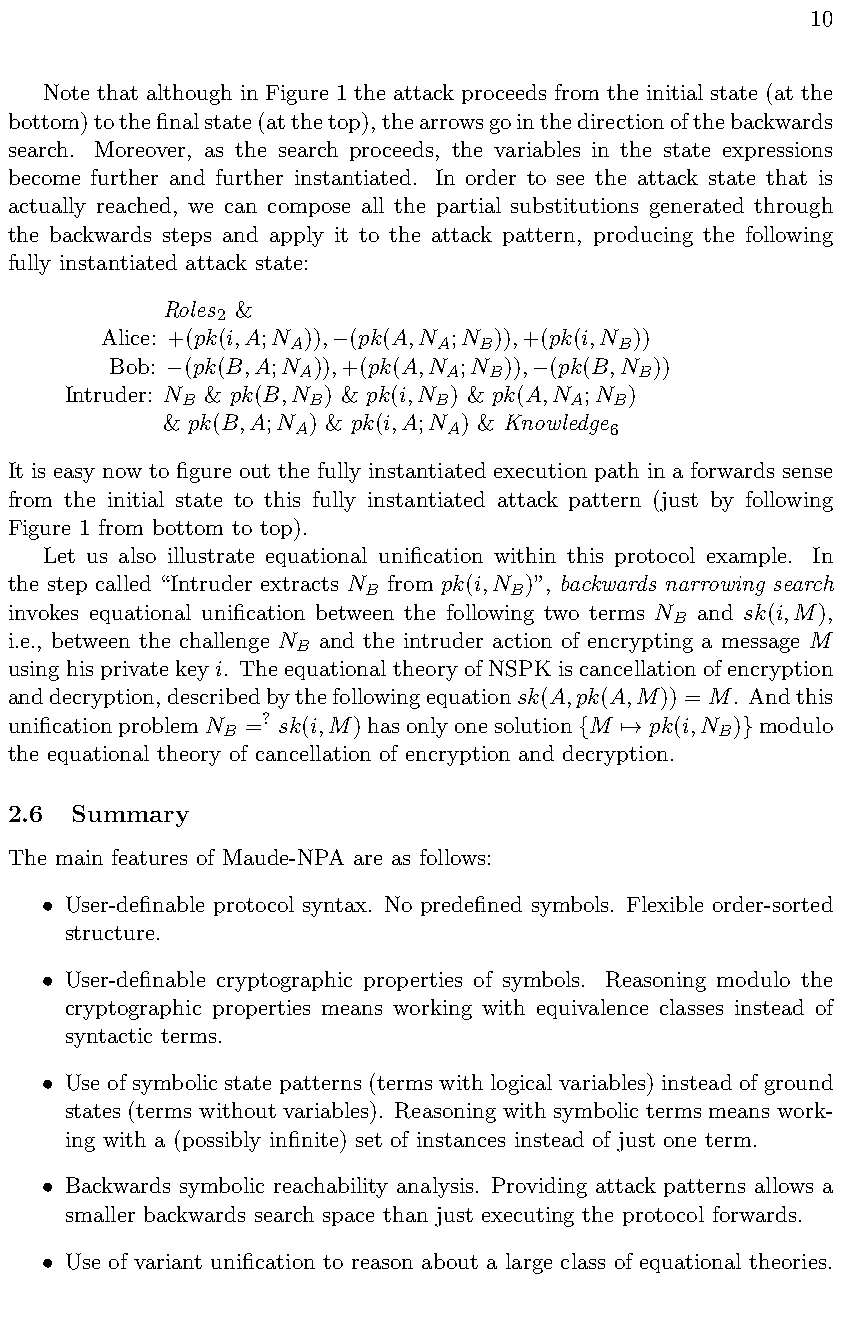
10
 Note that although in Figure 1 the attack proceeds from the initial state (at the
 bottom)tothefinalstate(atthetop),thearrowsgointhedirectionofthebackwards
 search. Moreover, as the search proceeds, the variables in the state expressions
 become further and further instantiated. In order to see the attack state that is
 actually reached, we can compose all the partial substitutions generated through
 the backwards steps and apply it to the attack pattern, producing the following
 fully instantiated attack state:
 Roles &
 2
 Alice: +(pk(i,A;N )), (pk(A,N ;N )),+(pk(i,N ))
 A         A  B        B

 Bob: (pk(B,A;N )),+(pk(A,N ;N )), (pk(B,N ))
 A        A  B         B

 Intruder: N & pk(B,N ) & pk(i,N ) & pk(A,N ;N )
 B       B        B        A B
 & pk(B,A;N ) & pk(i,A;N ) & Knowledge
 A         A          6
 It is easy now to figure out the fully instantiated execution path in a forwards sense
 from the initial state to this fully instantiated attack pattern (just by following
 Figure 1 from bottom to top).
 Let us also illustrate equational unification within this protocol example. In
 the step called “Intruder extracts N from pk(i,N )”, backwards narrowing search
 B         B
 invokes equational unification between the following two terms N and sk(i,M),
 B
 i.e., between the challenge N and the intruder action of encrypting a message M
 B
 using his private key i. The equational theory of NSPK is cancellation of encryption
 anddecryption,describedbythefollowingequationsk(A,pk(A,M)) = M. Andthis
 unificationproblemN =? sk(i,M)hasonlyonesolution M pk(i,N ) modulo
 B                               B
 {  7!      }
 the equational theory of cancellation of encryption and decryption.
 2.6  Summary
 The main features of Maude-NPA are as follows:
 User-definable protocol syntax. No predefined symbols. Flexible order-sorted
 •
 structure.
 User-definable cryptographic properties of symbols. Reasoning modulo the
 •
 cryptographic properties means working with equivalence classes instead of
 syntactic terms.
 Use of symbolic state patterns (terms with logical variables) instead of ground
 •
 states (terms without variables). Reasoning with symbolic terms means work-
 ing with a (possibly infinite) set of instances instead of just one term.
 Backwards symbolic reachability analysis. Providing attack patterns allows a
 •
 smaller backwards search space than just executing the protocol forwards.
 Use of variant unification to reason about a large class of equational theories.
 •